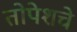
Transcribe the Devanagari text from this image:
तोपेशचे